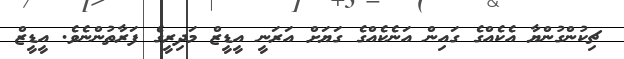
ޗިކުންގުންޔާ އެކެއްގެ ގައިން އަނެކެއްގެ ގަޔަށް އަރަނީ އީޑީޒް މަދިރީގެ ފަރާތުންނެވެ. އީޑީޒް